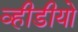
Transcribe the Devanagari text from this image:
व्हीडीयो